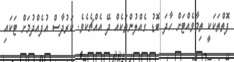
ފޮތްތަކަކީ ތިމާވެއްޓަށް ހާދަ ބޮޑު ގެއްލުންތަކެއް ދޭ އެއްޗެކެވެ. ކަރުދާސް އުފެއްދުމަށް ޓަކައި